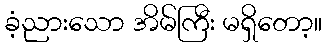
ခံ့ညားသော အိမ်ကြီး မရှိတော့။